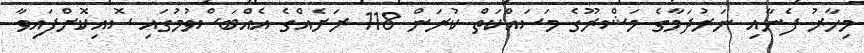
މިހާރު ފެނާއި ނަރުދަމާގެ މަޝްރޫގެ މަސައްކަތް ކުރަން 118 ރަށެއްގެ އެއްބަސްވުމުގައި ސޮއިކޮށްފައިވާ